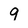
Character: 9